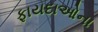
ફાયદાઓના